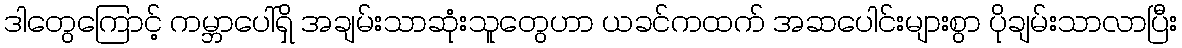
ဒါတွေကြောင့် ကမ္ဘာပေါ်ရှိ အချမ်းသာဆုံးသူတွေဟာ ယခင်ကထက် အဆပေါင်းများစွာ ပိုချမ်းသာလာပြီး